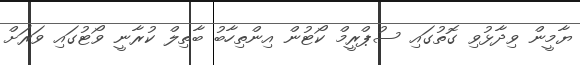
ޔާމީން ވިދާޅުވި ގޮތުގައި ސުޕްރީމް ކޯޓުން އިންތިހާބު ބާތިލް ކުރާނީ ވޯޓުގައި ވަރަށް